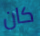
كان